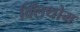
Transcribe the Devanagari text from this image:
क्लिंथोम